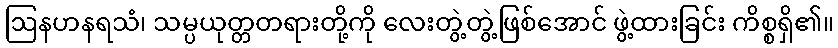
ဩနဟနရသံ၊ သမ္ပယုတ္တတရားတို့ကို လေးတွဲ့တွဲ့ဖြစ်အောင် ဖွဲ့ထားခြင်း ကိစ္စရှိ၏။